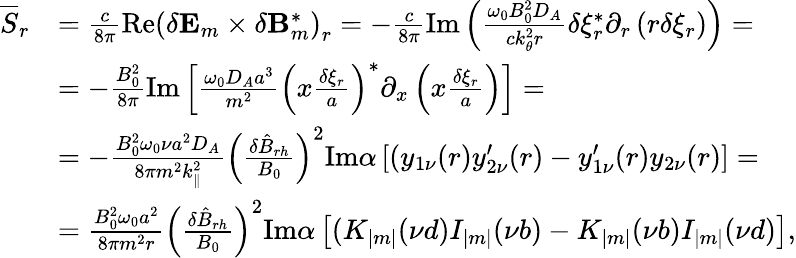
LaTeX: \begin{array}{rl}{\overline{{S}}_{r}}&{=\frac{c}{8\pi}\mathrm{Re}\left(\delta\mathbf{E}_{m}\times\delta\mathbf{B}_{m}^{*}\right)_{r}=-\frac{c}{8\pi}\mathrm{Im}\left(\frac{\omega_{0}B_{0}^{2}D_{A}}{ck_{\theta}^{2}r}\delta\xi_{r}^{*}\partial_{r}\left(r\delta\xi_{r}\right)\right)=}\\ &{=-\frac{B_{0}^{2}}{8\pi}\mathrm{Im}\left[\frac{\omega_{0}D_{A}a^{3}}{m^{2}}\left(x\frac{\delta\xi_{r}}{a}\right)^{*}\partial_{x}\left(x\frac{\delta\xi_{r}}{a}\right)\right]=}\\ &{=-\frac{B_{0}^{2}\omega_{0}\nu a^{2}D_{A}}{8\pi m^{2}k_{\parallel}^{2}}\left(\frac{\delta\hat{B}_{rh}}{B_{0}}\right)^{2}\mathrm{Im}\alpha\left[(y_{1\nu}(r)y_{2\nu}^{\prime}(r)-y_{1\nu}^{\prime}(r)y_{2\nu}(r)\right]=}\\ &{=\frac{B_{0}^{2}\omega_{0}a^{2}}{8\pi m^{2}r}\left(\frac{\delta\hat{B}_{rh}}{B_{0}}\right)^{2}\mathrm{Im}\alpha\left[(K_{|m|}(\nu d)I_{|m|}(\nu b)-K_{|m|}(\nu b)I_{|m|}(\nu d)\right],}\end{array}